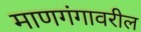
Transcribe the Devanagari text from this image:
माणगंगावरील